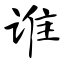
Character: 谁